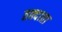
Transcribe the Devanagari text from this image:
तक्दाता